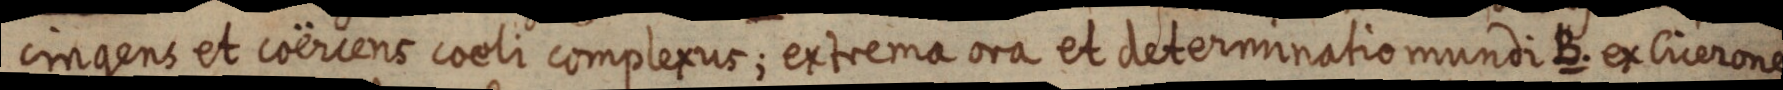
cingens et coërcens coeli complexus; extrema ora et determinatio mundi B. ex Cicerone